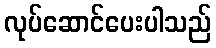
လုပ်ဆောင်ပေးပါသည်